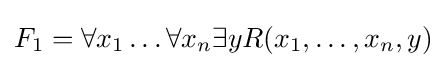
F_{1}=\forall x_{1}\dots \forall x_{n}\exists yR(x_{1},\dots ,x_{n},y)